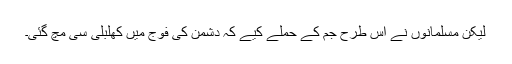
لیکن مسلمانوں نے اس طرح جم کے حملے کیے کہ دشمن کی فوج میں کھلبلی سی مچ گئی۔